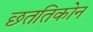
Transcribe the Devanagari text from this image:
छततिकोन